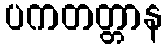
ပကတတ္တာန